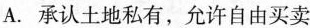
A.承认土地私有，允许自由买卖